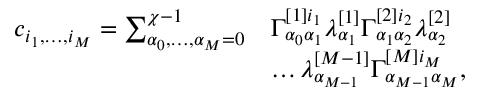
\begin{array} { r l } { c _ { i _ { 1 } , \dots , i _ { M } } = \sum _ { \alpha _ { 0 } , \dots , \alpha _ { M } = 0 } ^ { \chi - 1 } } & { \Gamma _ { \alpha _ { 0 } \alpha _ { 1 } } ^ { [ 1 ] i _ { 1 } } \lambda _ { \alpha _ { 1 } } ^ { [ 1 ] } \Gamma _ { \alpha _ { 1 } \alpha _ { 2 } } ^ { [ 2 ] i _ { 2 } } \lambda _ { \alpha _ { 2 } } ^ { [ 2 ] } } \\ & { \dots \lambda _ { \alpha _ { M - 1 } } ^ { [ M - 1 ] } \Gamma _ { \alpha _ { M - 1 } \alpha _ { M } } ^ { [ M ] i _ { M } } , } \end{array}